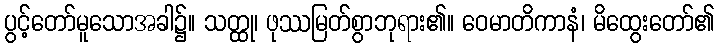
ပွင့်တော်မူသောအခါ၌။ သတ္ထု၊ ဖုဿမြတ်စွာဘုရား၏။ ဝေမာတိကာနံ၊ မိထွေးတော်၏